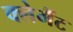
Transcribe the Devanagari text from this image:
क्लेमैंट